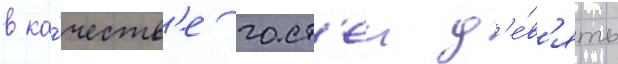
в ка́честв'е гост'еи д'е́в'ять